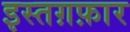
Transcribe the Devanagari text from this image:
इस्तग़फ़ार